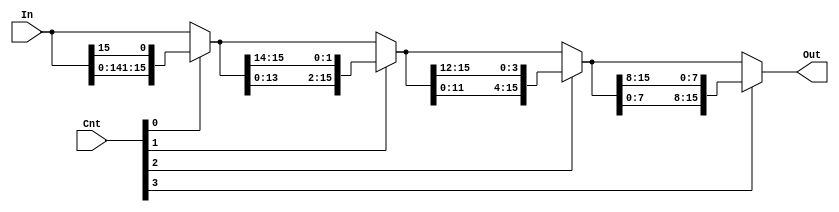

module LRotator (In, Cnt, Out);
	input [15:0] In;
	input [3:0]  Cnt;
	output [15:0] Out;
	
	wire [15:0] MR_out_0, MR_out_1, MR_out_2;
	
	// mux_row_16 MR0 (.In1({  In[14:0]      , In[15]          }), .In0(In),       .Sel(Cnt[0]), .Out(MR_out_0));
	// mux_row_16 MR1 (.In1({ MR_out_0[13:0] , MR_out_0[15:14] }), .In0(MR_out_0), .Sel(Cnt[1]), .Out(MR_out_1));
	// mux_row_16 MR2 (.In1({ MR_out_1[11:0] , MR_out_1[15:12] }), .In0(MR_out_1), .Sel(Cnt[2]), .Out(MR_out_2));
	// mux_row_16 MR3 (.In1({ MR_out_2[7:0]  , MR_out_2[15:8]  }), .In0(MR_out_2), .Sel(Cnt[3]), .Out(Out));
	
	assign MR_out_0 = Cnt[0] ? {  In[14:0]      , In[15]          } : In;
	assign MR_out_1 = Cnt[1] ? { MR_out_0[13:0] , MR_out_0[15:14] } : MR_out_0;
	assign MR_out_2 = Cnt[2] ? { MR_out_1[11:0] , MR_out_1[15:12] } : MR_out_1;
	assign Out      = Cnt[3] ? { MR_out_2[7:0]  , MR_out_2[15:8]  } : MR_out_2;
	
endmodule